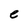
Character: e